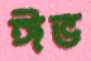
ঈভ